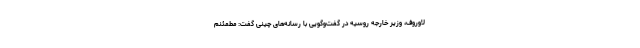
لاوروف، وزیر خارجه روسیه در گفت‌وگویی با رسانه‌های چینی گفت: مطمئنم